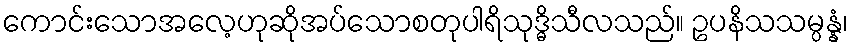
ကောင်းသောအလေ့ဟုဆိုအပ်သောစတုပါရိသုဒ္ဓိသီလသည်။ ဥပနိသသမ္ပန္နံ၊